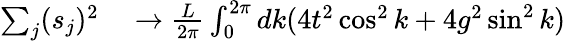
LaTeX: \begin{array}{rl}{\sum_{j}(s_{j})^{2}}&{{}\to\frac{L}{2\pi}\int_{0}^{2\pi}dk(4t^{2}\cos^{2}k+4g^{2}\sin^{2}k)}\end{array}